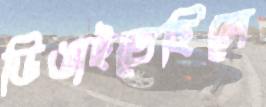
ডিঙাইতেছিলে